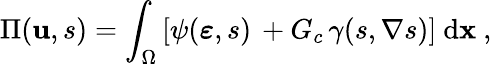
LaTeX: \Pi(\mathbf{u},s)=\int_{\Omega}\left[\psi(\boldsymbol\varepsilon,s)\, +G_{c}\, \gamma(s,\nabla s)\right]\ \mathrm{d}\mathbf{x}\ ,